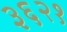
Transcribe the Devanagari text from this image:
३६२१